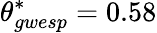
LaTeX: \theta_{gwesp}^{*}=0.58